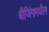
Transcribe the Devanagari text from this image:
बीजिंगमधील